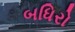
બધિરો